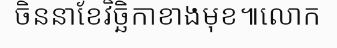
ចិននាខែវិច្ឆិកាខាងមុខ៕លោក